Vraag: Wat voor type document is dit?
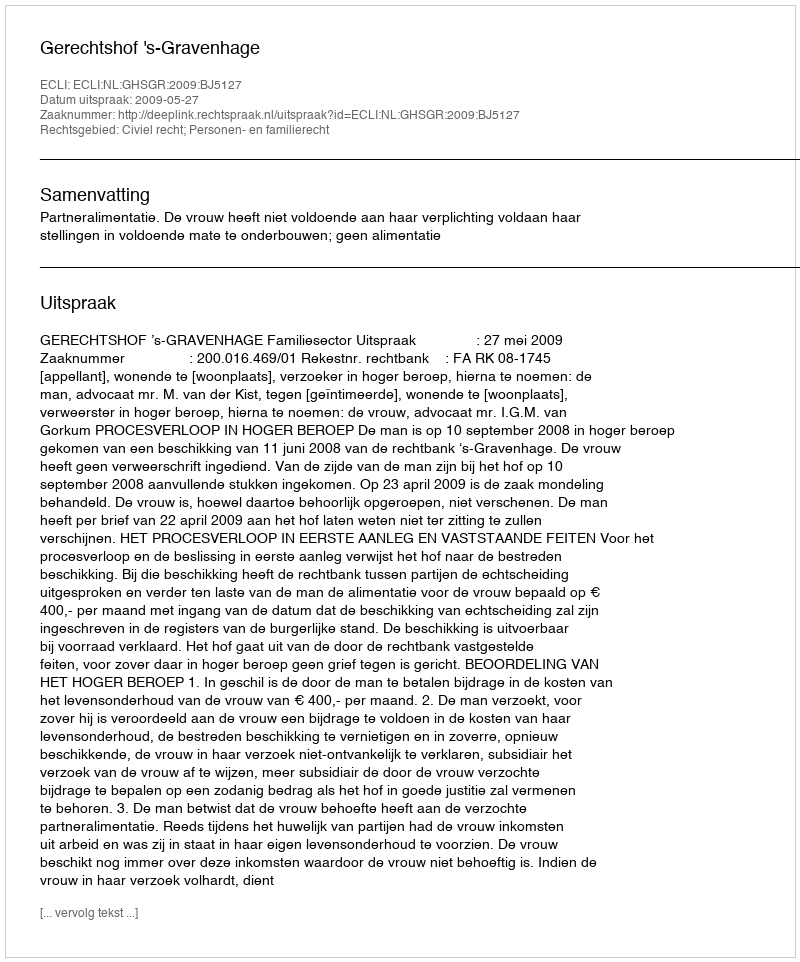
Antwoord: Uitspraak